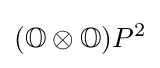
(\mathbb {O} \otimes \mathbb {O} )P^{2}